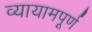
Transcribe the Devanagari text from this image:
व्यायामपूर्ण